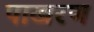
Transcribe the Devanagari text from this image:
पाखरण